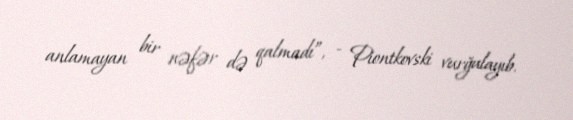
anlamayan bir nəfər də qalmadı”, - Piontkovski vurğulayıb.